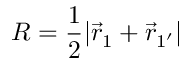
{ R = \frac { 1 } { 2 } | \vec { r } _ { 1 } + \vec { r } _ { 1 ^ { \prime } } | }